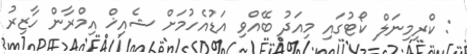
: ކްރިމިނަލް ކޯޓުގައި މިއަދު ބޭއްވި އަޑުއެހުމަށް ޝެއިޚް އިމްރާން ހާޒިރު